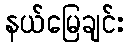
နယ်မြေချင်း